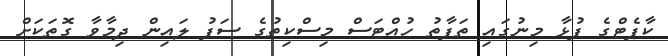
ކާޕެޓްގެ ފުޅާ މިނުގައި ތަފާތު ހުއްޓަސް މިސްކިތުގެ ސަފު ލައިން ދިމާވާ ގޮތަކަށް